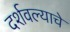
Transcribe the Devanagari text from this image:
दर्शवल्याचे